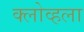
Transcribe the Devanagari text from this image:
क्लोव्हला